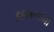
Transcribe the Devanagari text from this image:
डहाळ्यांनी